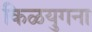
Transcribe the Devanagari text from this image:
किळयुगना